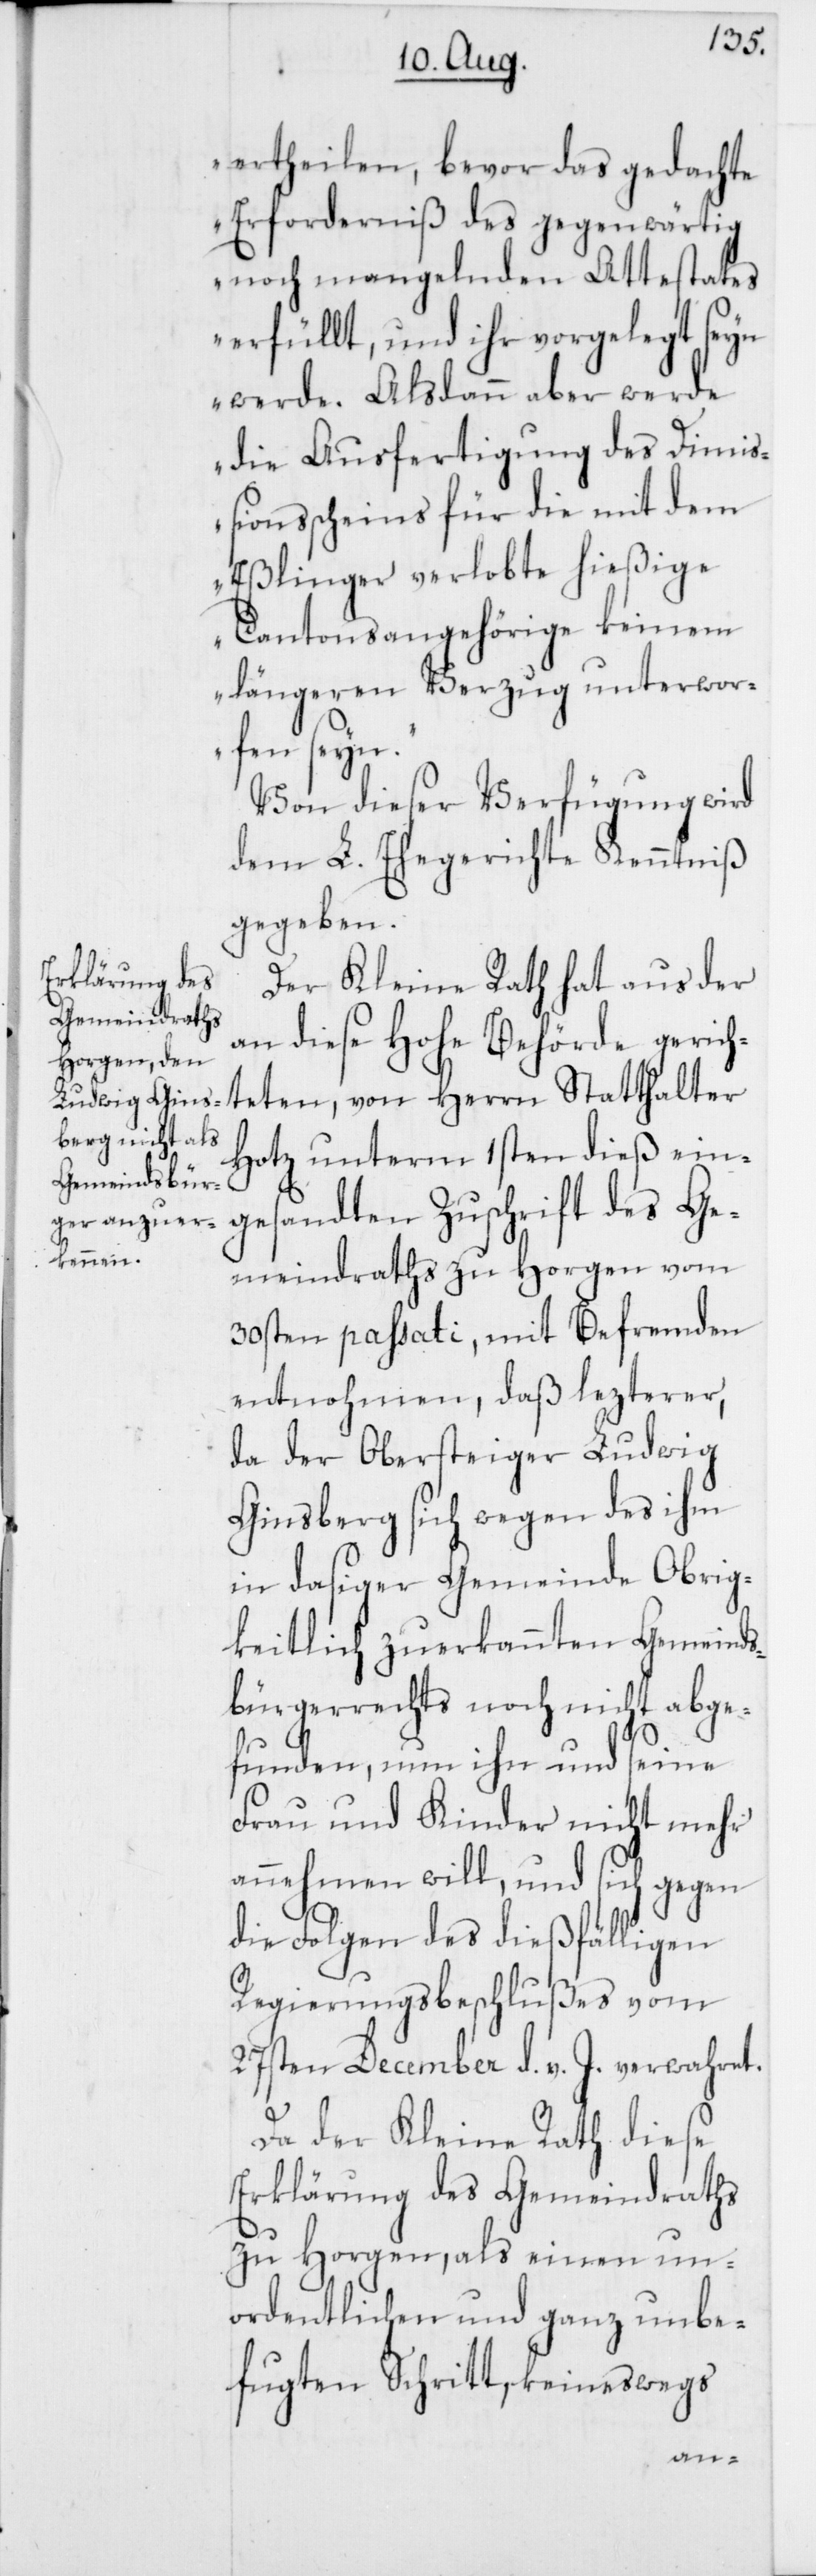
ertheilen, bevor das gedachte
Erforderniß des gegenwärtig
noch mangelnden Attestates
erfüllt, und ihr vorgelegt seyn
werde. Alsdann aber werde
die Ausfertigung des Dimi¬
ßionsscheins für die mit dem
Eßlinger verlobte hießige
Cantonsangehörige keinem
längeren Verzug unterwor¬
fen seyn.“
Von dieser Verfügung wird
dem L. Ehegerichte Kenntniß
gegeben.
Der Kleine Rath hat aus der
an diese Hohe Behörde gerich¬
teten, von Herrn Statthalter
Hotz unterm 1sten dieß ein¬
gesandten Zuschrift des Ge¬
meindraths zu Horgen vom
30sten passati, mit Befremden
entnohmen, daß lezterer,
da der Obersteiger Ludwig
Ginsberg sich wegen des ihm
in dasiger Gemeinde Obrig¬
keitlich zuerkannten Gemeinds¬
bürgerrechts noch nicht abge¬
funden, nun ihn und seine
Frau und Kinder nicht mehr
annehmen will, und sich gegen
die Folgen des dießfälligen
Regierungsbeschlußes vom
27sten December d. v. J. verwahret.
Da der Kleine Rath diese
Erklärung des Gemeindraths
zu Horgen, als einen un¬
ordentlichen und ganz unbe¬
fugten Schritt, keineswegs